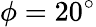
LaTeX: \phi=20^{\circ}